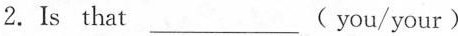
2. Is that ___ (you/your)